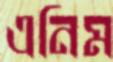
এনিম